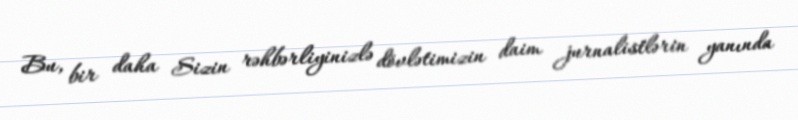
Bu, bir daha Sizin rəhbərliyinizlə dövlətimizin daim jurnalistlərin yanında